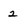
Character: 2